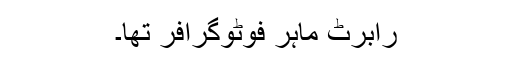
رابرٹ ماہر فوٹوگرافر تھا۔